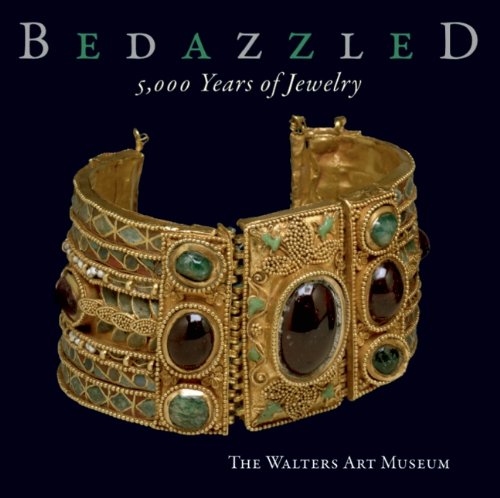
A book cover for Bedazzled: 5000 Years of Jewelry----The Walters Art Museum; Sabine Albersmeier; Crafts, Hobbies & Home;